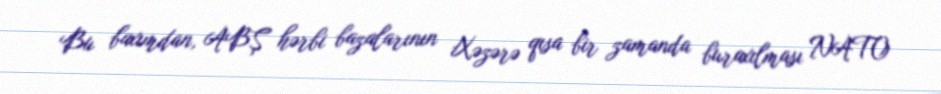
Bu baxımdan, ABŞ hərbi bazalarının Xəzərə qısa bir zamanda buraxılması NATO